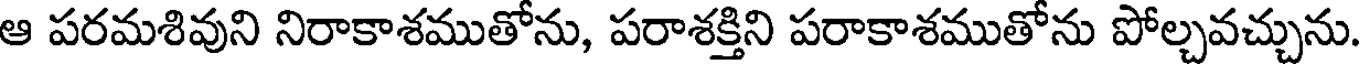
ఆ పరమశివుని నిరాకాశముతోను, పరాశక్తిని పరాకాశముతోను పోల్చవచ్చును